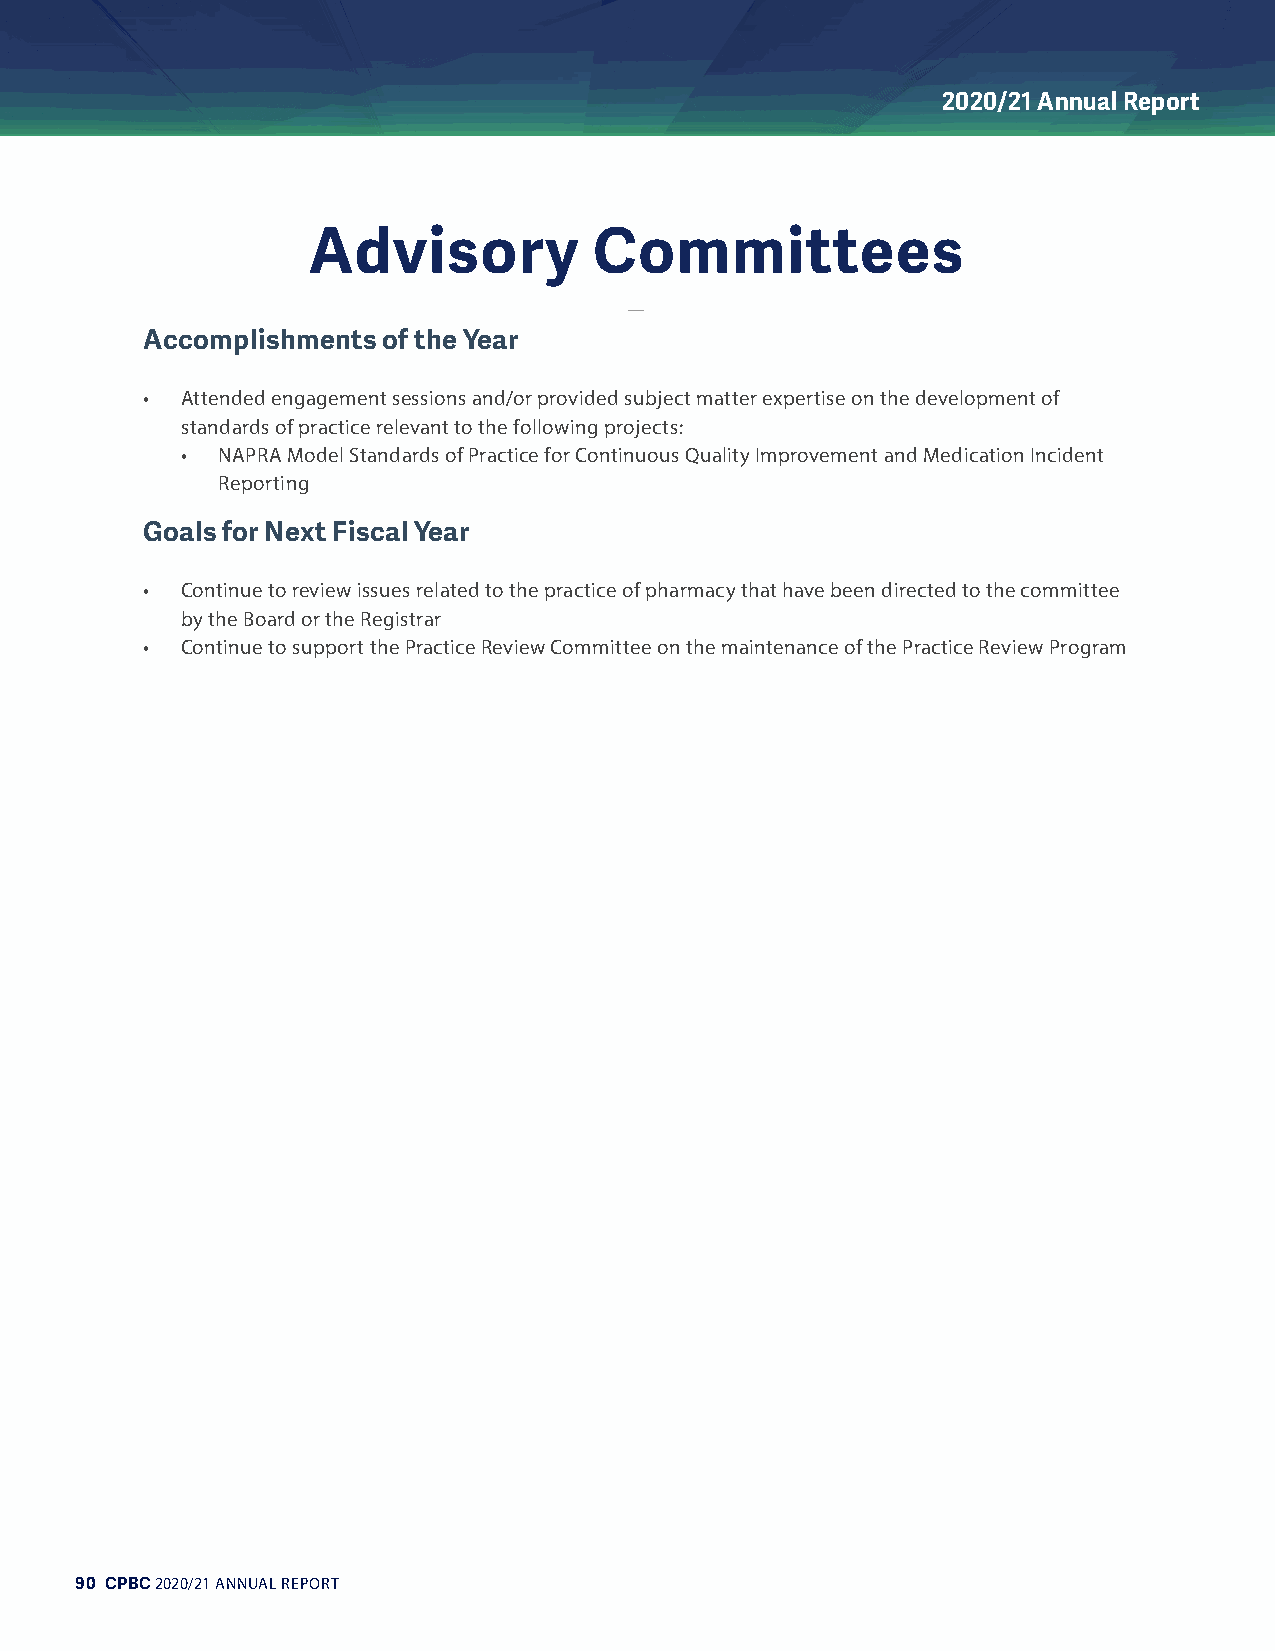
2020/21 Annual Report
 Advisory           Committees
 Accomplishments of the Year
 •  Attended engagement sessions and/or provided subject matter expertise on the development of
 standards of practice relevant to the following projects:
 • NAPRA Model Standards of Practice for Continuous Quality Improvement and Medication Incident
 Reporting
 Goals for Next Fiscal Year
 •  Continue to review issues related to the practice of pharmacy that have been directed to the committee
 by the Board or the Registrar
 •  Continue to support the Practice Review Committee on the maintenance of the Practice Review Program
 90 CPBC 2020/21 ANNUAL REPORT